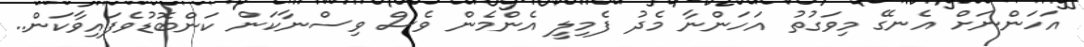
އަހަންނަށް އެނގޭ މިވަގުތު އަހަންނާ މެދު ފެމިލީ އެންމެން ވެސް ވިސްނާކަން ކަންބޮޑުވެފައިވާކަން..